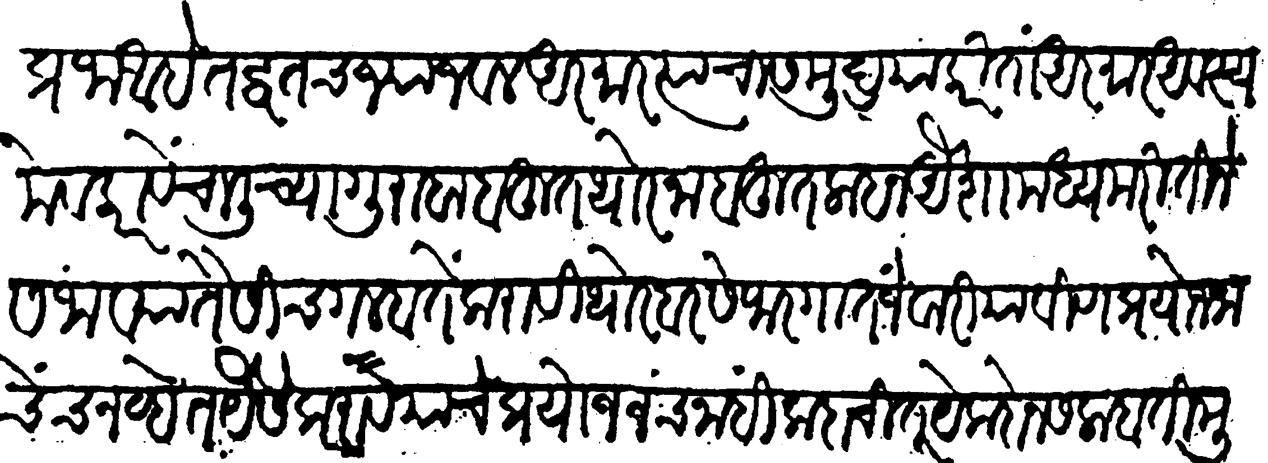
Transliteration (Devanagari): प्रजा आहे तद्वतच ज्याजवळ आरमार त्याचा समुद्र या करिता आरमार अवस्यमेव करावें चालीच्या गुराबा बहुत थोर ना बहुत लहान ऐशा मध्यम रीतीने सजाव्या तैसींच गलबतें करावीं थोर बरसे फरगात जे वाऱ्याविणें प्रयोजनाचेच नव्हेत यैसे करावयाचे प्रयोजनच नाहीं कदाचित् येक दोन सलाबती मुले